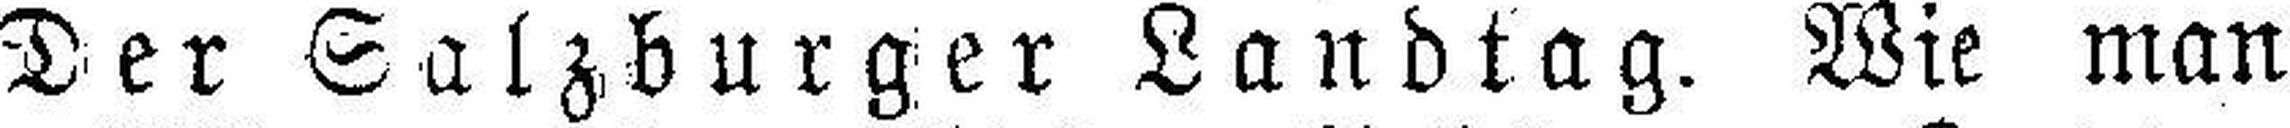
Der Salzburger Landtag. Wie man